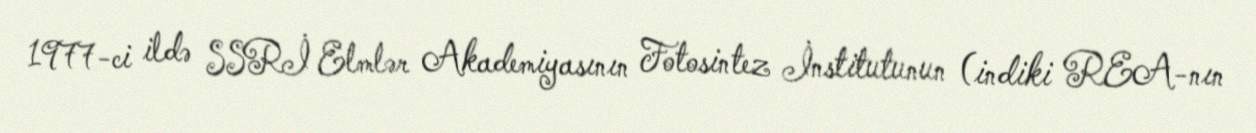
1977-ci ildə SSRİ Elmlər Akademiyasının Fotosintez İnstitutunun (indiki REA-nın